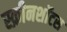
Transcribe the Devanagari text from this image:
स्क्रीनशॉटस